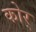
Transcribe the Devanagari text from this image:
कोर्